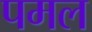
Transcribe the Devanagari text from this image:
पमल